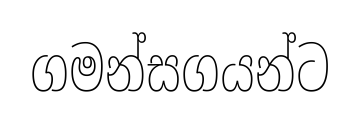
ගමන්සගයන්ට